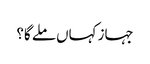
جہاز کہاں ملے گا؟